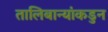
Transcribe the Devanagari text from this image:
तालिबान्यांकडुन